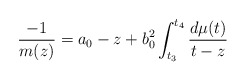
\begin{align*}\frac{-1}{m(z)}={a_0-z+b_0^2 \int_{t_3}^{t_4} \frac{d\mu(t)}{t-z}}\end{align*}